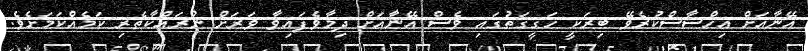
އޭނާއަށް އިހްސާސްކުރެވޭ ބިރަކީ ހަގީގަތުގައި ވެސް އޭނާއަށް ދިމާވެފައިވާ ވަރަށް ނުރައްކާތެރި ކަމެއްކަމަށެވެ.